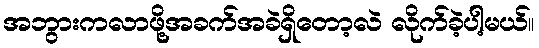
အဘွားကလာဖို့အခက်အခဲရှိတော့လဲ လိုက်ခဲ့ပါ့မယ်။